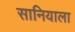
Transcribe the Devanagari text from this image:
सानियाला